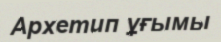
Архетип ұғымы